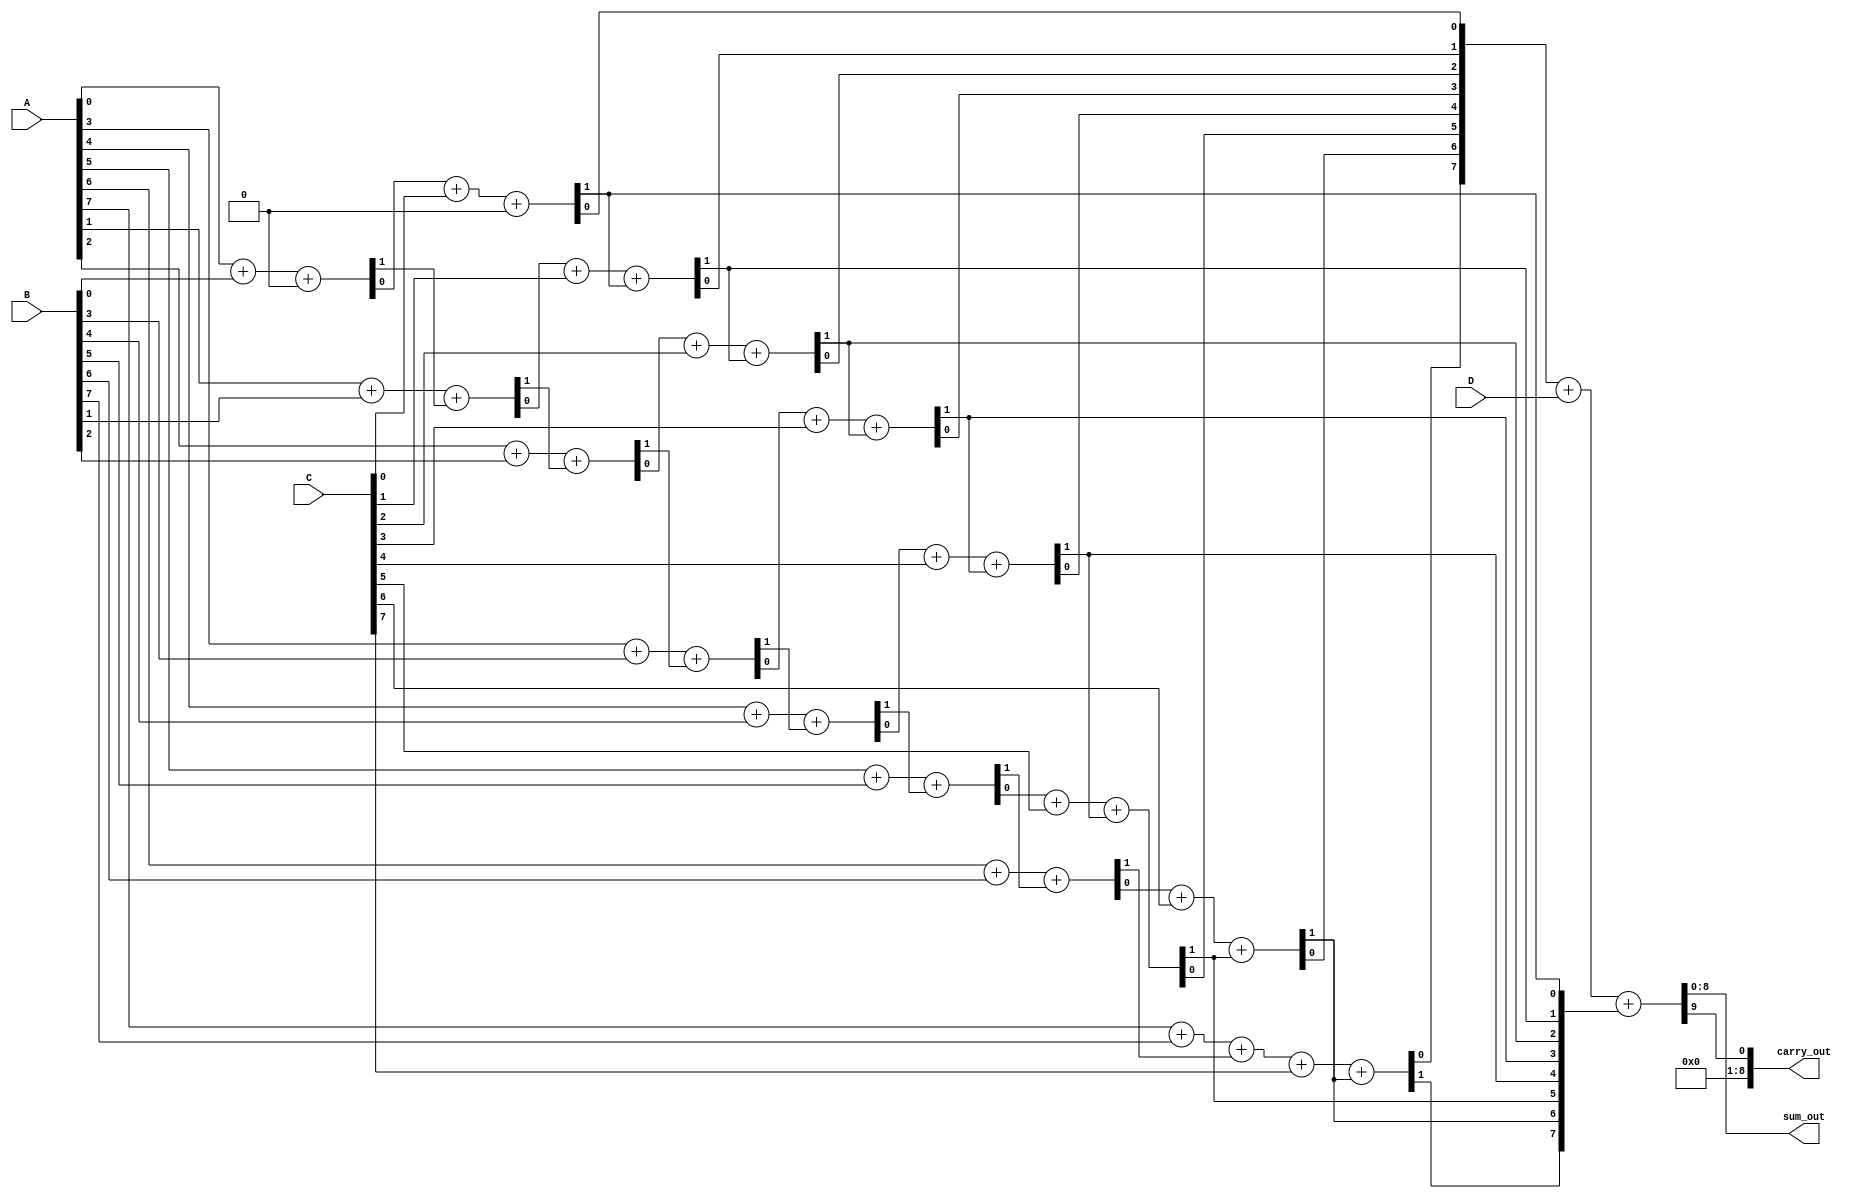
module carry_save_adder (
    input [7:0] A,  // First input
    input [7:0] B,  // Second input
    input [7:0] C,  // Third input
    input [7:0] D,  // Fourth input
    output reg [8:0] sum_out,  // Final sum output
    output reg [8:0] carry_out  // Final carry output
);

    // Intermediate wires for the first level of full adders
    wire [7:0] sum1, sum2, carry1, carry2;

    // First level of full adders
    genvar i;
    generate
        for (i = 0; i < 8; i = i + 1) begin : level1
            if (i == 0) begin
                // For the least significant bit (LSB), there is no carry-in
                assign {carry1[i], sum1[i]} = A[i] + B[i] + 1'b0;
            end else begin
                assign {carry1[i], sum1[i]} = A[i] + B[i] + carry1[i-1];
            end
        end
    endgenerate

    // Second level of full adders
    generate
        for (i = 0; i < 8; i = i + 1) begin : level2
            if (i == 0) begin
                // For the least significant bit (LSB), there is no carry-in
                assign {carry2[i], sum2[i]} = sum1[i] + C[i] + 1'b0;
            end else begin
                assign {carry2[i], sum2[i]} = sum1[i] + C[i] + carry2[i-1];
            end
        end
    endgenerate

    // Final level with fourth input
    always @(*) begin
        {carry_out, sum_out} = {1'b0, sum2} + {1'b0, D} + {carry2};
    end

endmodule